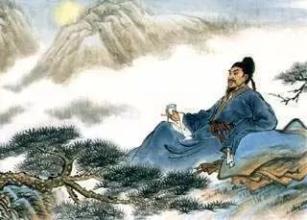
何日平胡虏，良人罢远征。